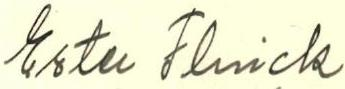
Ester Flinck